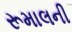
રૂમાલની